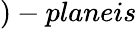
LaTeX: )-planeis